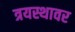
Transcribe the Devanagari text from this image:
त्रयस्थावर